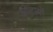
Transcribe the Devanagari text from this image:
ओटार्गो